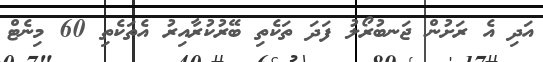
އަދި އެ ރަށުން ޖަނބުރޯލު ފަދަ ތަކެތި ބޭރުކުރާއިރު އެތަކެތި 60 މިނެޓް